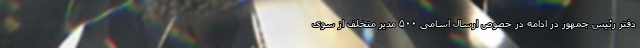
دفتر رئیس جمهور در ادامه در خصوص ارسال اسامی ۵۰۰ مدیر متخلف از سوی